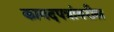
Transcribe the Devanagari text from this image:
कागदपत्रांवरील